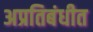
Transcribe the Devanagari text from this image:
अप्रतिबंधीत